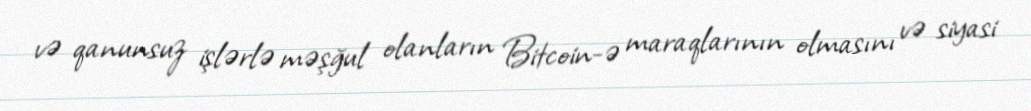
və qanunsuz işlərlə məşğul olanların Bitcoin-ə maraqlarının olmasını və siyasi